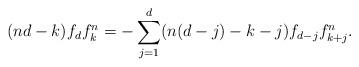
LaTeX: \begin{align*}(nd - k) f_d f^n_k = -\sum_{j=1}^d (n(d - j) - k - j) f_{d-j} f^n_{k+j}.\end{align*}